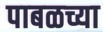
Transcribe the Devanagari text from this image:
पाबळच्या